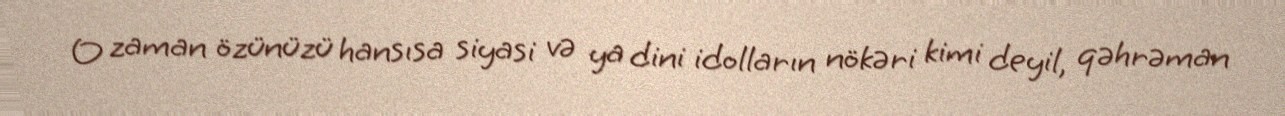
O zaman özünüzü hansısa siyasi və ya dini idolların nökəri kimi deyil, qəhrəman